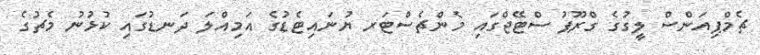
ޗެމްޕިއަންސް ލީގުގެ ގްރޫޕު ސްޓޭޖްގައި މެންޗެސްޓަރ ޔުނައިޓެޑުގެ އަމިއްލަ ދަނޑުގައި ކުޅުނު މެޗުގެ